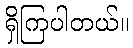
ရှိကြပါတယ်။